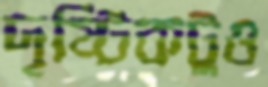
দৃষ্টিকটুও